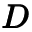
\pmb { D }